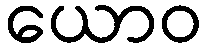
ယောဝ